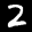
Label: 2